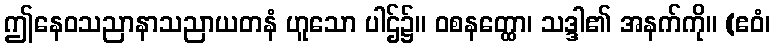
ဤနေဝသညာနာသညာယတနံ ဟူသော ပါဌ်၌။ ဝစနတ္ထော၊ သဒ္ဒါ၏ အနက်ကို။ (ဧဝံ၊